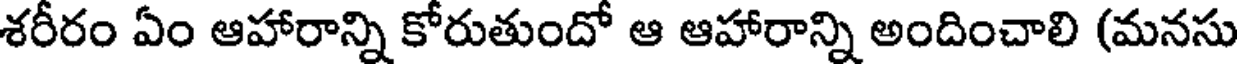
శరీరం ఏం ఆహారాన్ని కోరుతుందో ఆ ఆహారాన్ని అందించాలి (మనసు